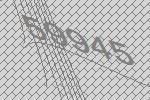
59945